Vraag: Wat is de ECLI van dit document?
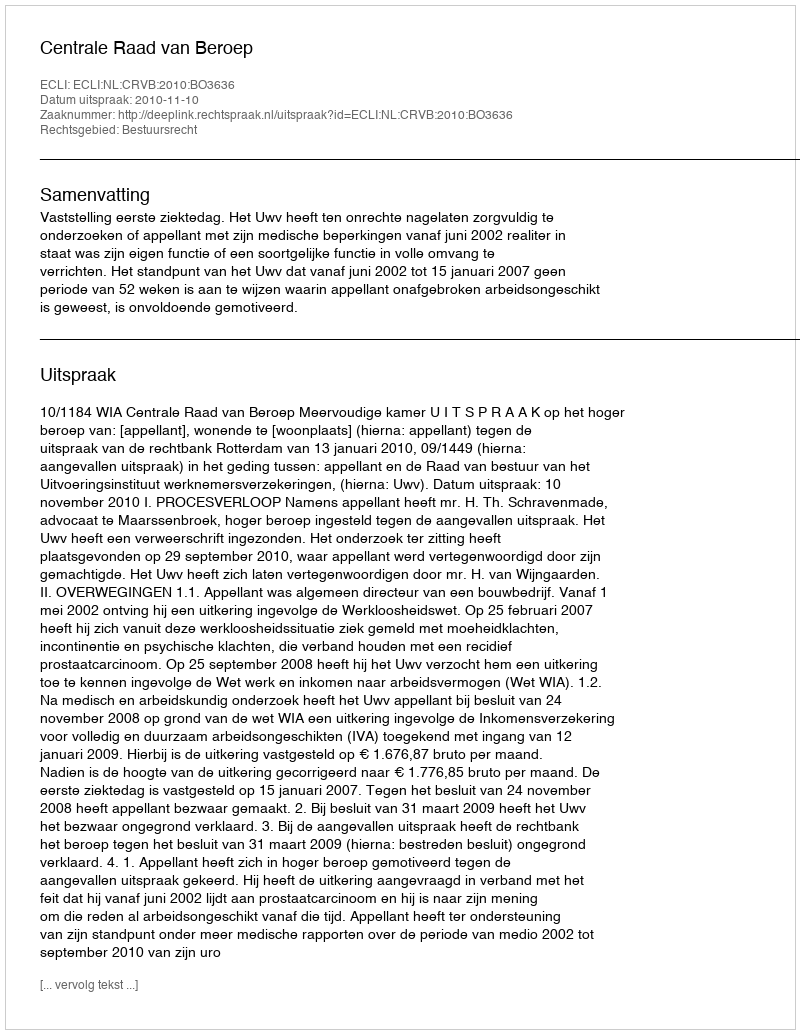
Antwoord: ECLI:NL:CRVB:2010:BO3636